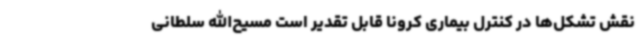
نقش‌ تشکل‌ها در کنترل بیماری کرونا قابل تقدیر است مسیح‌الله سلطانی